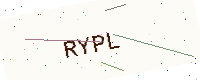
Text: RYPL